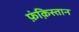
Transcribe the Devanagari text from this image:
फ़ंक़िस्तान